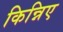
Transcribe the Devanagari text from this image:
किन्निए